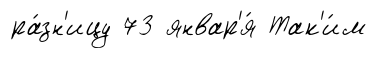
ра́зн'ицу 73 январ'я́ Так'и́м